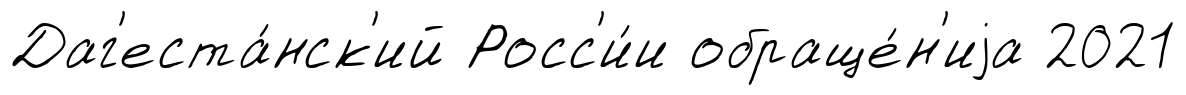
Даг'еста́нск'ий Росс'и́и обраще́н'иjа 2021